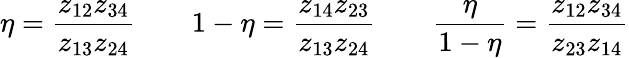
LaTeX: \eta=\frac{z_{12}z_{34}}{z_{13}z_{24}}\qquad 1-\eta=\frac{z_{14}z_{23}}{z_{13}z_{24}}\qquad\frac{\eta}{1-\eta}=\frac{z_{12}z_{34}}{z_{23}z_{14}}